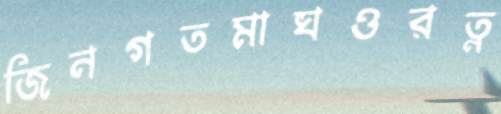
জিনগতমাঘওরত্ন